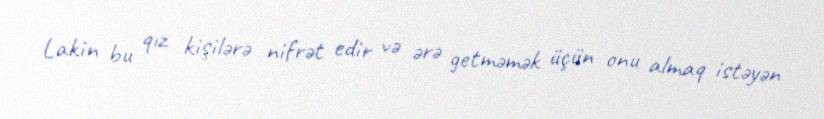
Lakin bu qız kişilərə nifrət edir və ərə getməmək üçün onu almaq istəyən